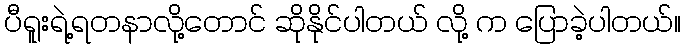
ပီရူးရဲ့ရတနာလို့တောင် ဆိုနိုင်ပါတယ် လို့ က ပြောခဲ့ပါတယ်။